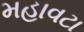
મહાવટા